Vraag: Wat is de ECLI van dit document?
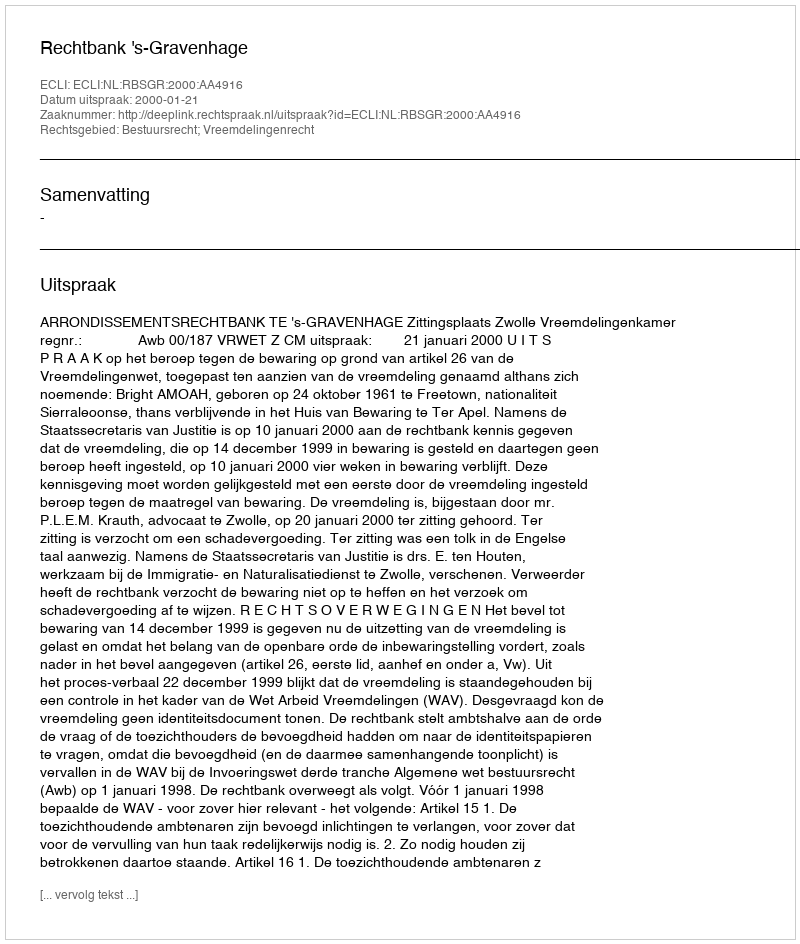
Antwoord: ECLI:NL:RBSGR:2000:AA4916